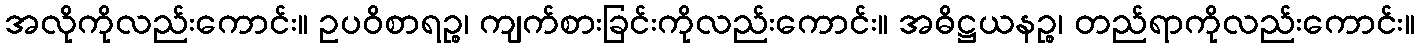
အလိုကိုလည်းကောင်း။ ဥပဝိစာရဉ္စ၊ ကျက်စားခြင်းကိုလည်းကောင်း။ အဓိဋ္ဌယနဉ္စ၊ တည်ရာကိုလည်းကောင်း။